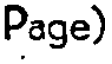
Page)